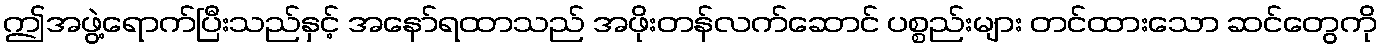
ဤအဖွဲ့ရောက်ပြီးသည်နှင့် အနော်ရထာသည် အဖိုးတန်လက်ဆောင် ပစ္စည်းများ တင်ထားသော ဆင်တွေကို